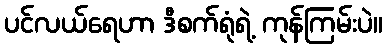
ပင်လယ်ရေဟာ ဒီစက်ရုံရဲ့ ကုန်ကြမ်းပဲ။